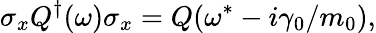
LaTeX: \sigma_{x}{Q}^{\dagger}({\omega})\sigma_{x}={Q}({\omega}^{*}-i\gamma_{0}/m_{0}),